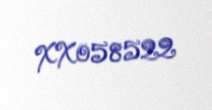
XX058522